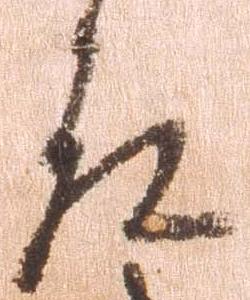
左